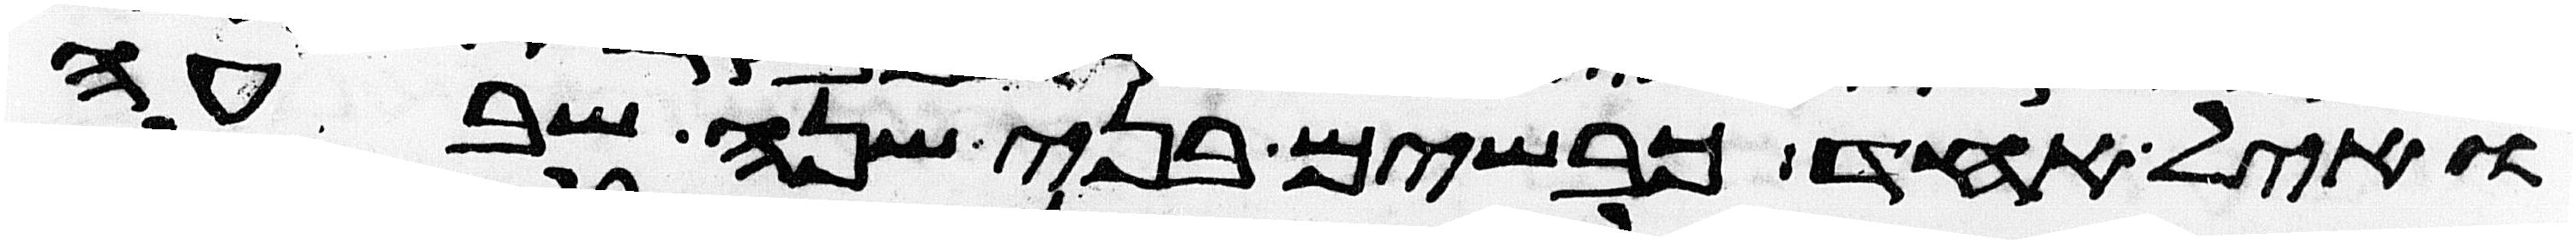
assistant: ואיל אחד כבשים בני שנה שבעה